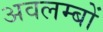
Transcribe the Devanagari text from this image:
अवलम्बों